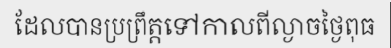
ដែលបានប្រព្រឹត្តទៅកាលពីល្ងាចថ្ងៃពុធ